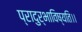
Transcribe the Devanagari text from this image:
प्रादुर्भाविष्यति।।